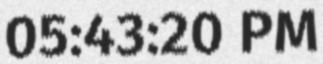
05:43:20 PM